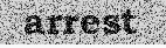
arrest